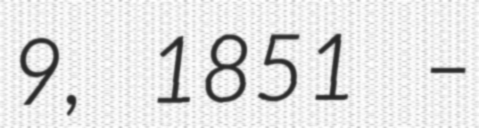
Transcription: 9, 1851 –